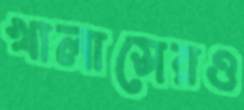
খালাসেরও